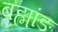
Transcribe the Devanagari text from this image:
ब्रह्मांङ